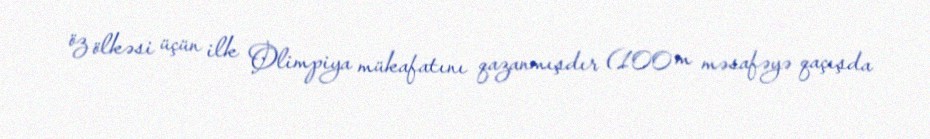
öz ölkəsi üçün ilk Olimpiya mükafatını qazanmışdır (100 m məsafəyə qaçışda